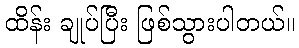
ထိန်း ချုပ်ပြီး ဖြစ်သွားပါတယ်။